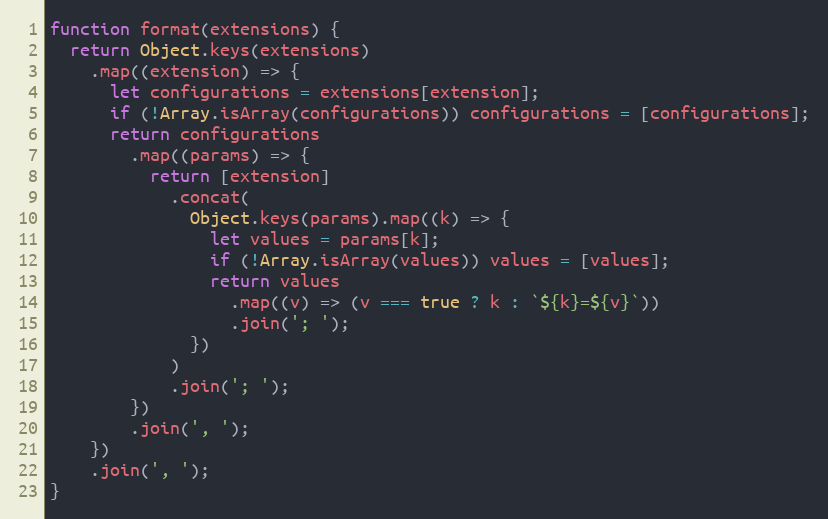
Language: JavaScript
function format(extensions) {
  return Object.keys(extensions)
    .map((extension) => {
      let configurations = extensions[extension];
      if (!Array.isArray(configurations)) configurations = [configurations];
      return configurations
        .map((params) => {
          return [extension]
            .concat(
              Object.keys(params).map((k) => {
                let values = params[k];
                if (!Array.isArray(values)) values = [values];
                return values
                  .map((v) => (v === true ? k : `${k}=${v}`))
                  .join('; ');
              })
            )
            .join('; ');
        })
        .join(', ');
    })
    .join(', ');
}